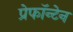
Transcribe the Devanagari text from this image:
प्रेफॉन्टेन